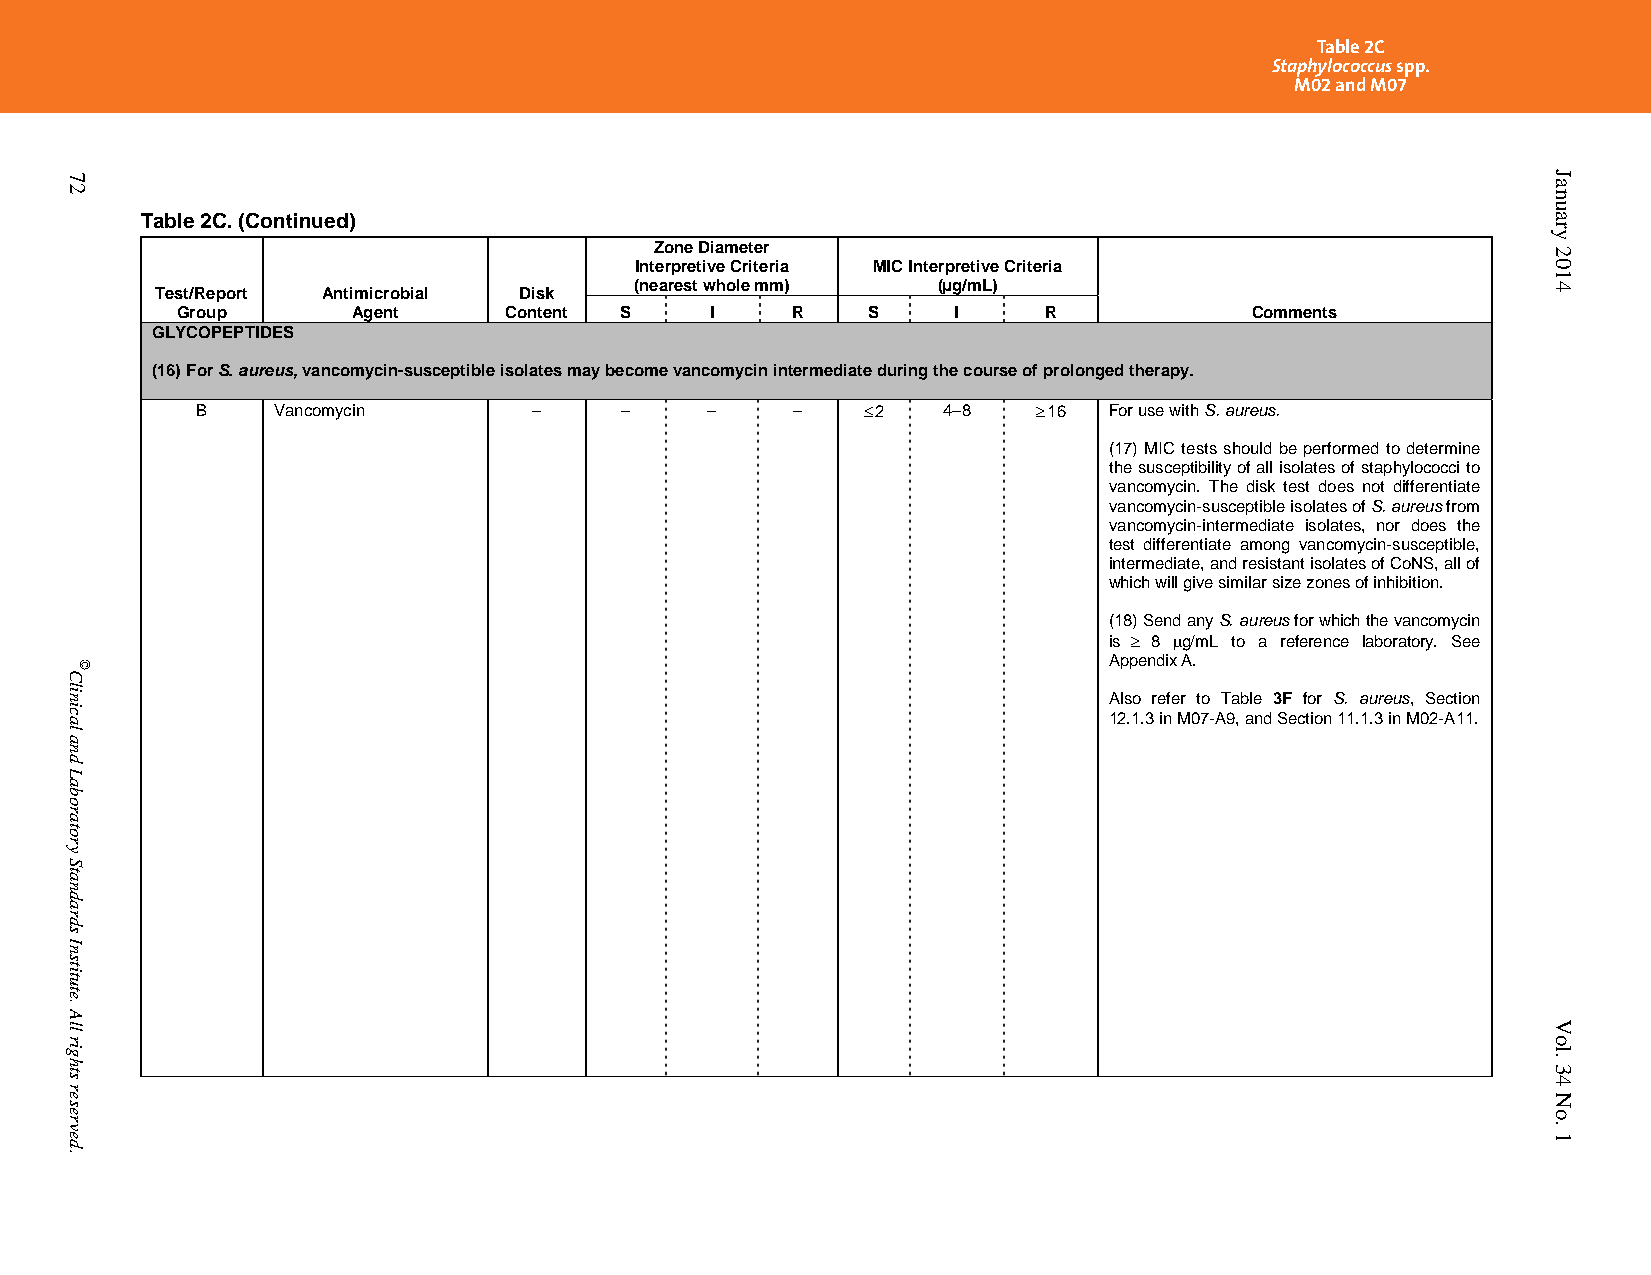
Table 2C
 Staphylococcus spp.
 M02 and M07
 Table 2C. (Continued)
 Zone Diameter
 Interpretive Criteria MIC Interpretive Criteria
 Test/Report Antimicrobial Disk
 (nearest whole mm)  (µg/mL)
 Group      Agent     Content S     I    R    S     I     R             Comments
 GLYCOPEPTIDES
 (16) For S. aureus, vancomycin-susceptible isolates may become vancomycin intermediate during the course of prolonged therapy.
 B    Vancomycin       –     –     –     –    2  4–8     16 For use with S. aureus.
 (17) MIC tests should be performed to determine
 the susceptibility of all isolates of staphylococci to
 vancomycin. The disk test does not differentiate
 vancomycin-susceptible isolates of S. aureus from
 vancomycin-intermediate isolates, nor does the
 test differentiate among vancomycin-susceptible,
 intermediate, and resistant isolates of CoNS, all of
 which will give similar size zones of inhibition.
 (18) Send any S. aureus for which the vancomycin
 is  8 g/mL to a reference laboratory. See
 Appendix A.
 Also refer to Table 3F for S. aureus, Section
 12.1.3 in M07-A9, and Section 11.1.3 in M02-A11.
 PublishedOn1/1/2014. Thisdocumentisprotectedbycopyright.
 72
 Clinical
 and
 Laboratory
 Standards
 Institute.
 All
 rights
 reserved.
 ©
 January
 2014
 Vol.
 34
 No.
 1